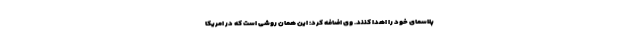
پلاسمای خود را اهدا کنند. وی اضافه کرد: این همان روشی است که در امریکا